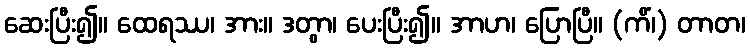
ဆေးပြီး၍။ ထေရဿ၊ အား။ ဒတွာ၊ ပေးပြီး၍။ အာဟ၊ ပြောပြီ။ (ကိံ၊) တာတ၊